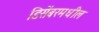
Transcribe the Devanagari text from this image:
डिसेंबरमधील